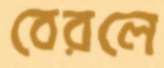
বেরলে